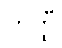
ဟတ္ထီ